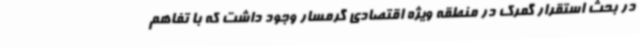
در بحث استقرار گمرک در منطقه ویژه اقتصادی گرمسار وجود داشت که با تفاهم